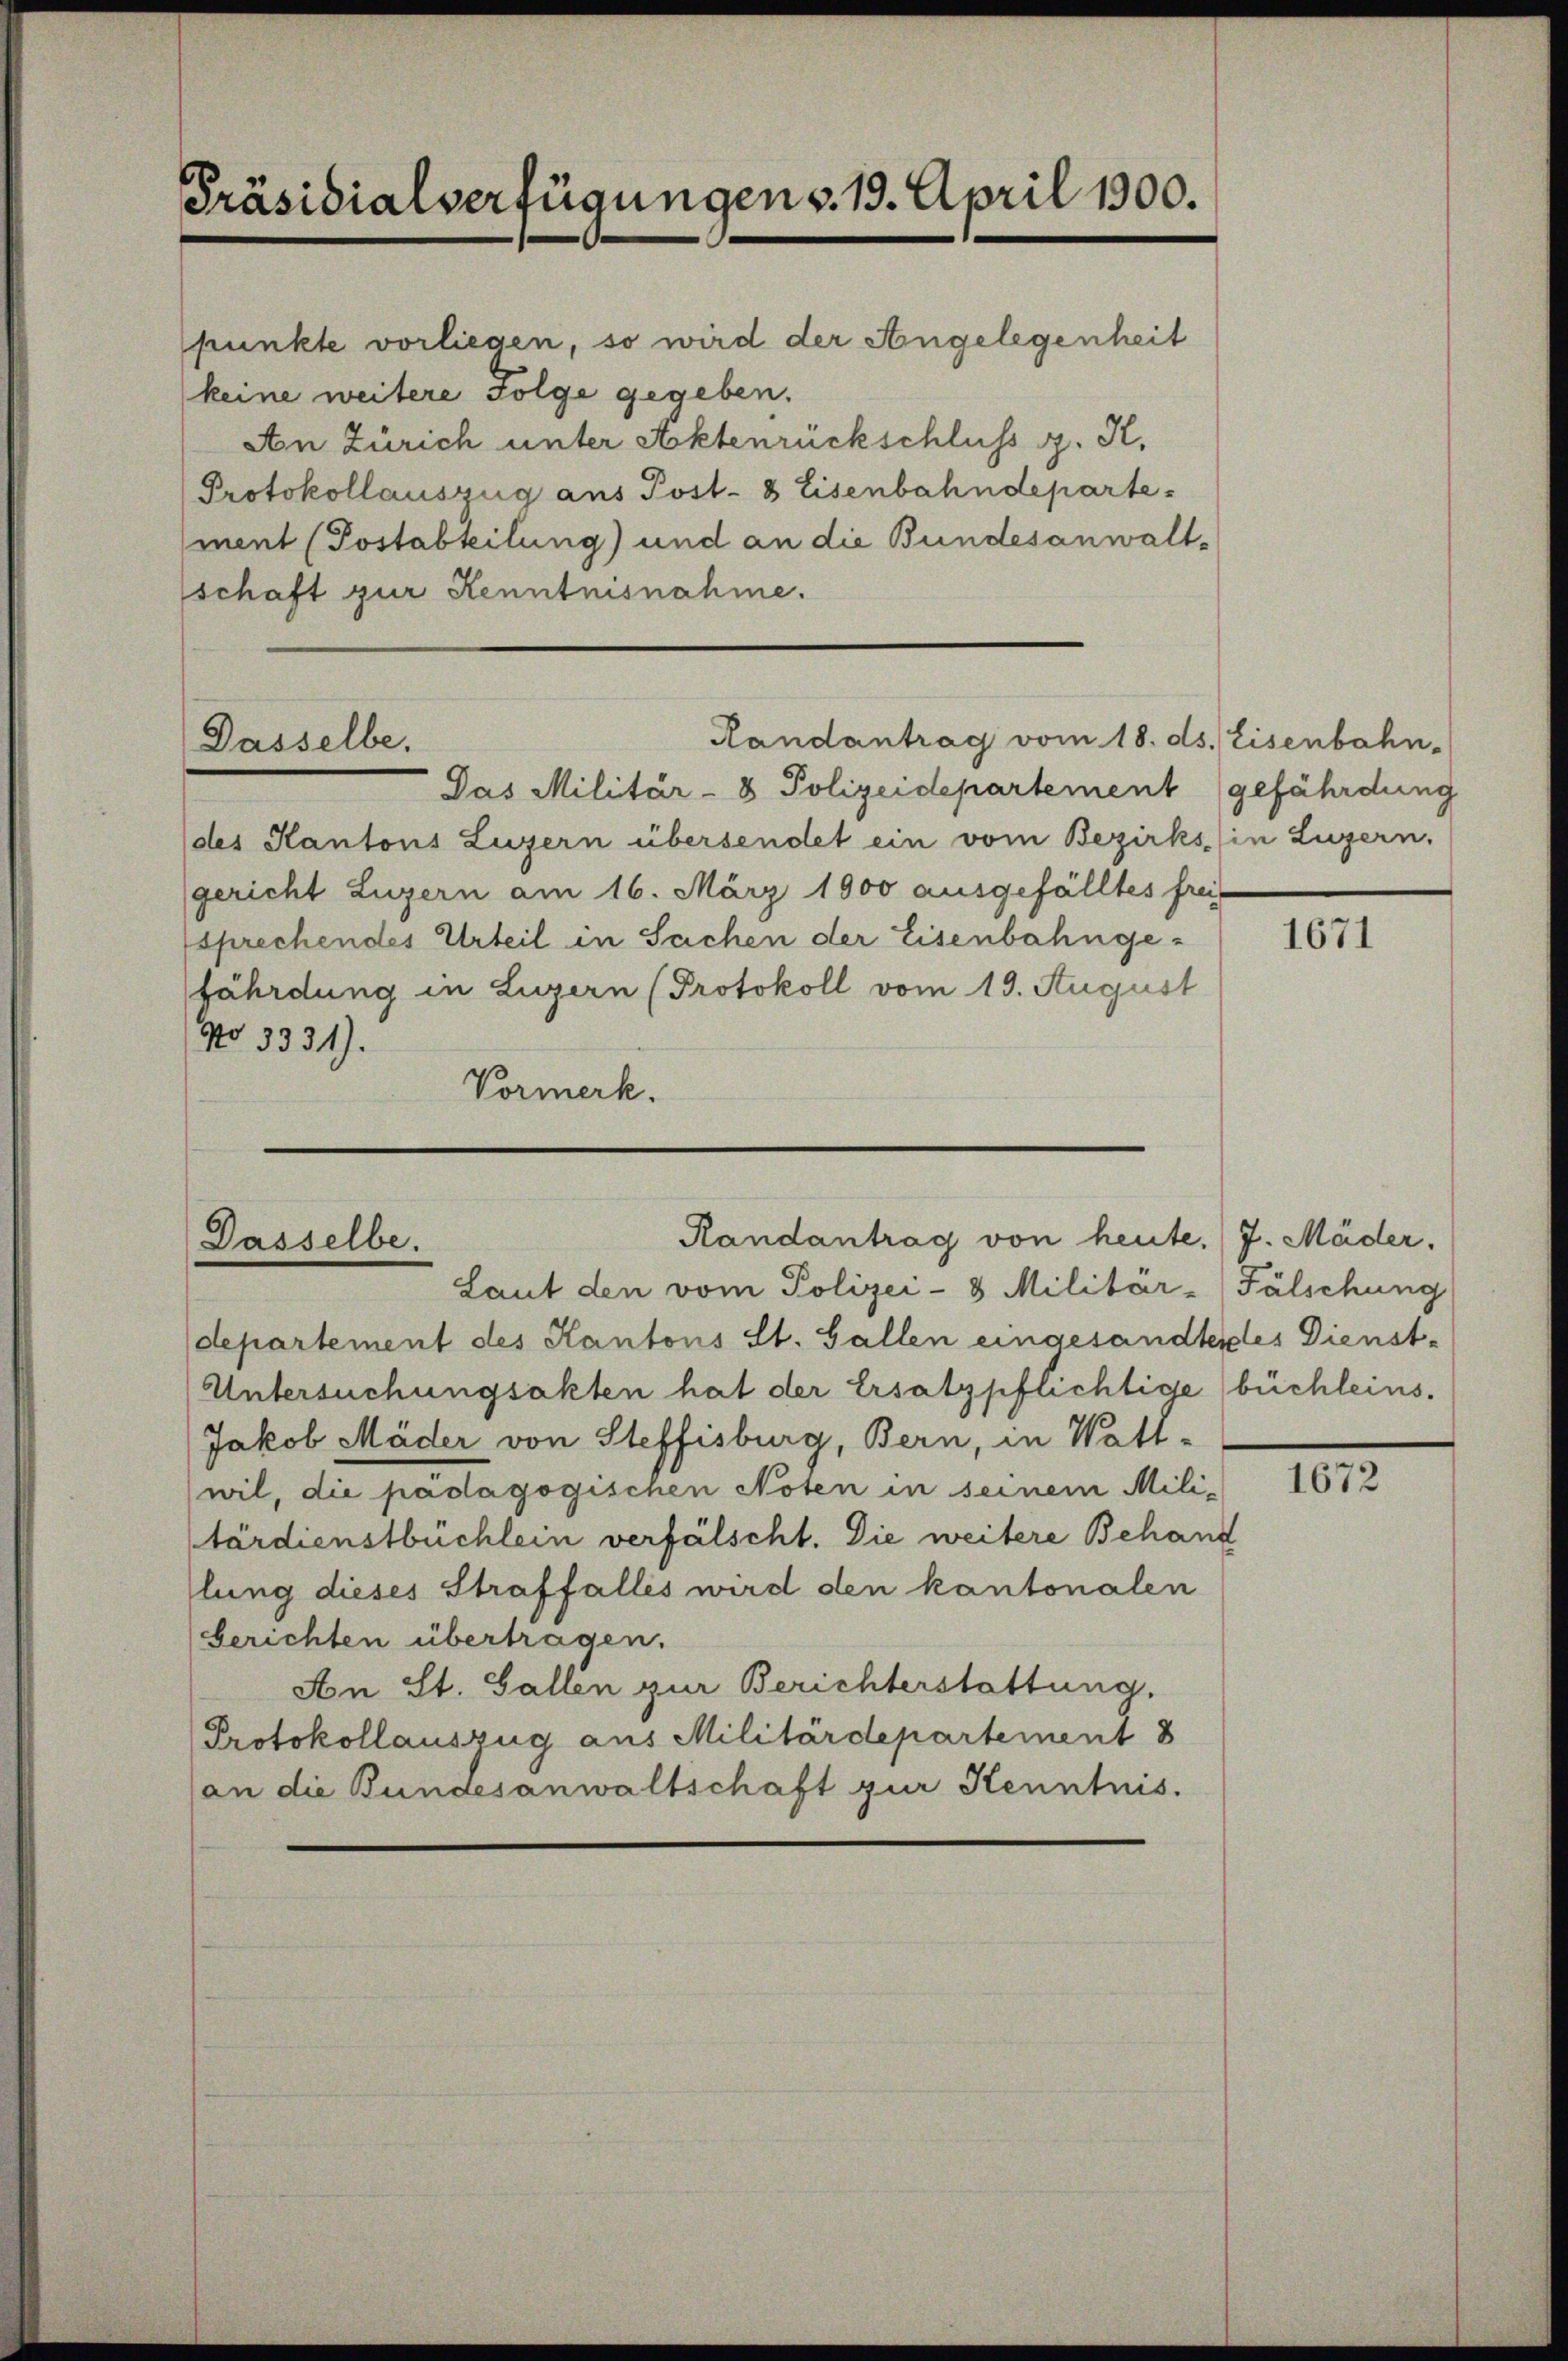
Präsidialverfügungens. 19. April 1900.

Dasselbe.

punkte vorliegen, so wird der Angelegenheit
keine weitere Folge gegeben.
An Zürich unter Aktenrückschluss g. K.
Protokollauszug aus Post- & Eisenbahndepartement (Postabteilung) und an die Bundesanwaltschaft zur Kenntnisnahme.

Das Militär-8 Polizeidepartement gefährdung
(des Kantons Luzern übersendet ein vom Bezirks in Luzern.
gericht Luzern am 16. März 1900 ausgefälltes freis
sprechendes Urteil in Sachen der Eisenbahngefährdung in Luzern (Protokoll vom 19. August
No 3331).
Vormerk.

Randantrag vom 18. ds. Eisenbahn-

Randantrag von heute. J. Mäder.
Dasselbe.
Laut den vom Polizei- 8 Militär-Fälschung

departement des Kantons St. Gallen eingesandteres Dienst¬
Untersuchungsakten hat der Ersatzpflichtige büchleins¬
Jakob Mäder von Steffisburg, Bern, in Watt-
wil, die pädagogischen Noten in seinem Mili-
tärdienstbüchlein verfälscht. Die weitere Behand
llung dieses Straffalles wird den kantonalen
berichten übertragen.
An St. Gallen zur Berichterstattung.
Protokollauszug aus Militärdepartement 8
(an die Bundesanwaltschaft zur Kenntnis.

1671

1672